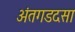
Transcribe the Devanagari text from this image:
अंतगडदसा